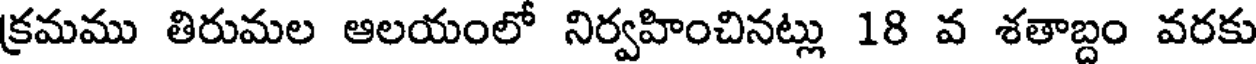
క్రమము తిరుమల ఆలయంలో నిర్వహించినట్లు 18 వ శతాబ్దం వరకు